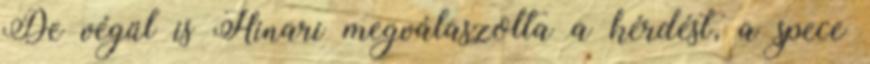
De végül is Hinari megválaszolta a kérdést, a spece